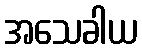
အသေခါယ